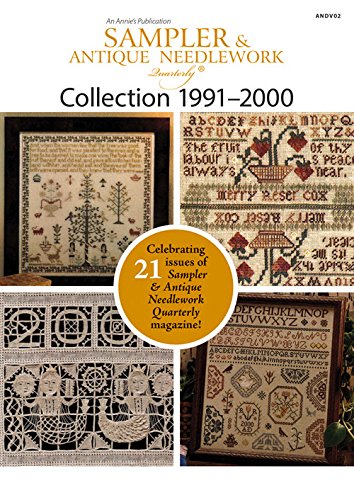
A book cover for Sampler & Antique Needlework Quarterly Collection 1991EE2000; Annie's; Crafts, Hobbies & Home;